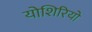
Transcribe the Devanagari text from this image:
योशिरियो